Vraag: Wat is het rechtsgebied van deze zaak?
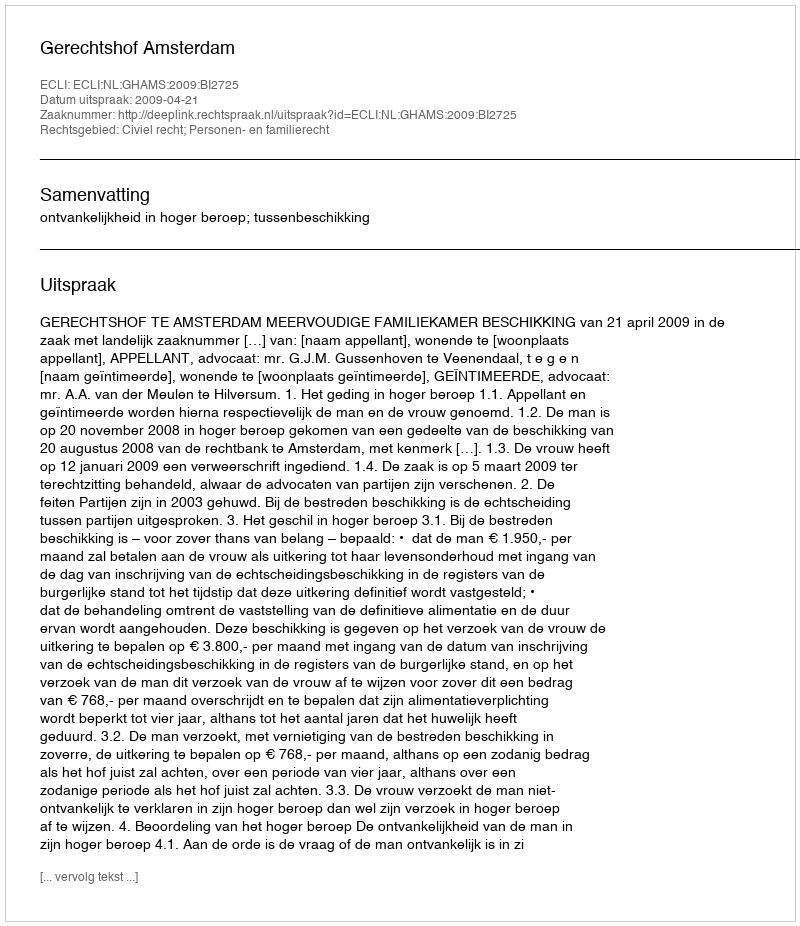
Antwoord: Civiel recht; Personen- en familierecht